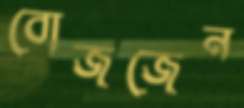
বোজজেন